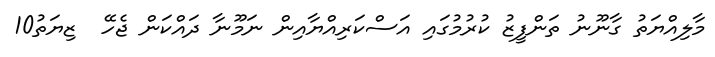
މާލިއްޔަތު ގާނޫނު ތަންފީޒު ކުރުމުގައި އަސްކަރިއްޔާއިން ނަމޫނާ ދައްކަން ޖެހޭ  ޒިޔަތު10